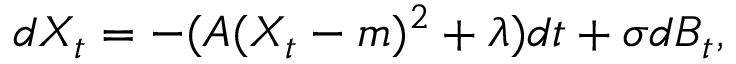
d X _ { t } = - ( A ( X _ { t } - m ) ^ { 2 } + \lambda ) d t + \sigma d B _ { t } ,